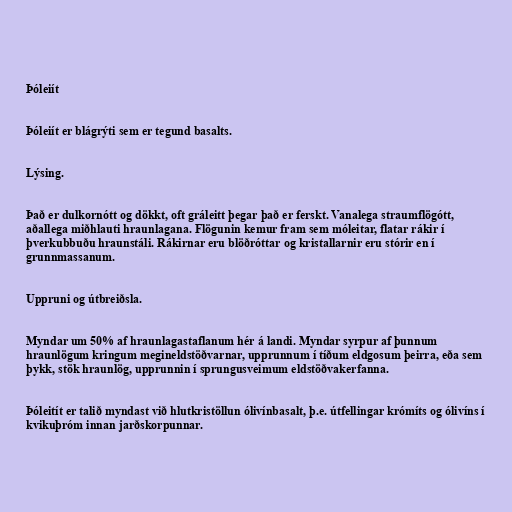
Þóleiít

Þóleiít er blágrýti sem er tegund basalts.

Lýsing.

Það er dulkornótt og dökkt, oft gráleitt þegar það er ferskt. Vanalega straumflögótt,
aðallega miðhlauti hraunlagana. Flögunin kemur fram sem móleitar, flatar rákir í
þverkubbuðu hraunstáli. Rákirnar eru blöðróttar og kristallarnir eru stórir en í
grunnmassanum.

Uppruni og útbreiðsla.

Myndar um 50% af hraunlagastaflanum hér á landi. Myndar syrpur af þunnum
hraunlögum kringum megineldstöðvarnar, upprunnum í tíðum eldgosum þeirra, eða sem
þykk, stök hraunlög, upprunnin í sprungusveimum eldstöðvakerfanna.

Þóleitít er talið myndast við hlutkristöllun ólivínbasalt, þ.e. útfellingar krómíts og ólivíns í
kvikuþróm innan jarðskorpunnar.